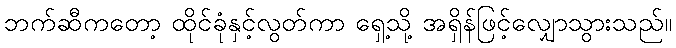
ဘက်ဆီကတော့ ထိုင်ခုံနှင့်လွတ်ကာ ရှေ့သို့ အရှိန်ဖြင့်လျှောသွားသည်။